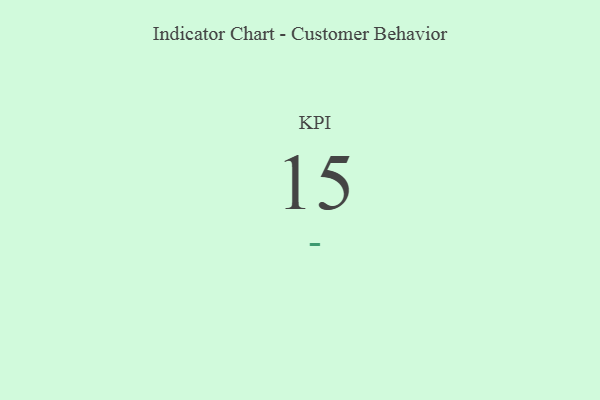
{"axis": {"x": "KPI", "y": "Value"}, "legend": [""], "data": [{"x": "KPI", "y": 15, "type": ""}]}